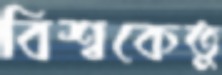
বিশ্বকেতু